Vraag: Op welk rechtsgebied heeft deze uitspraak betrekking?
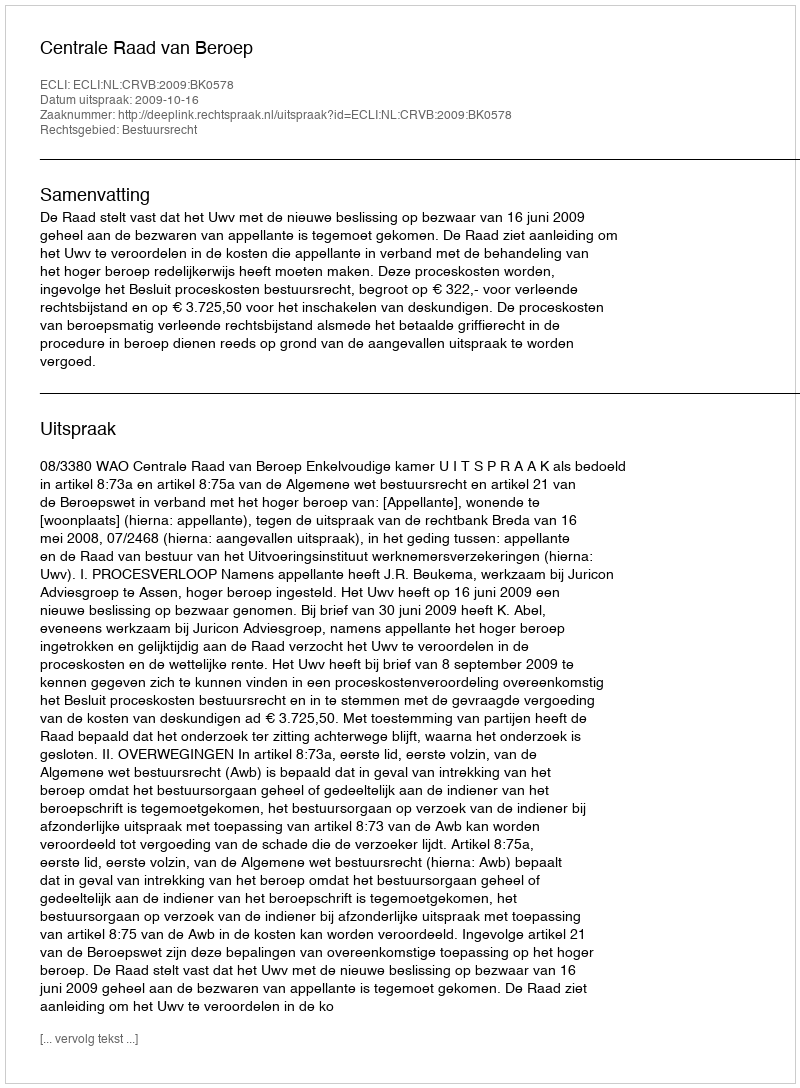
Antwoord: Bestuursrecht